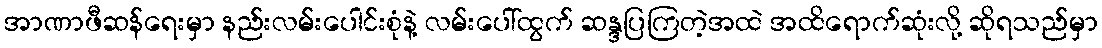
အာဏာဖီဆန်ရေးမှာ နည်းလမ်းပေါင်းစုံနဲ့ လမ်းပေါ်ထွက် ဆန္ဒပြကြတဲ့အထဲ အထိရောက်ဆုံးလို့ ဆိုရသည်မှာ